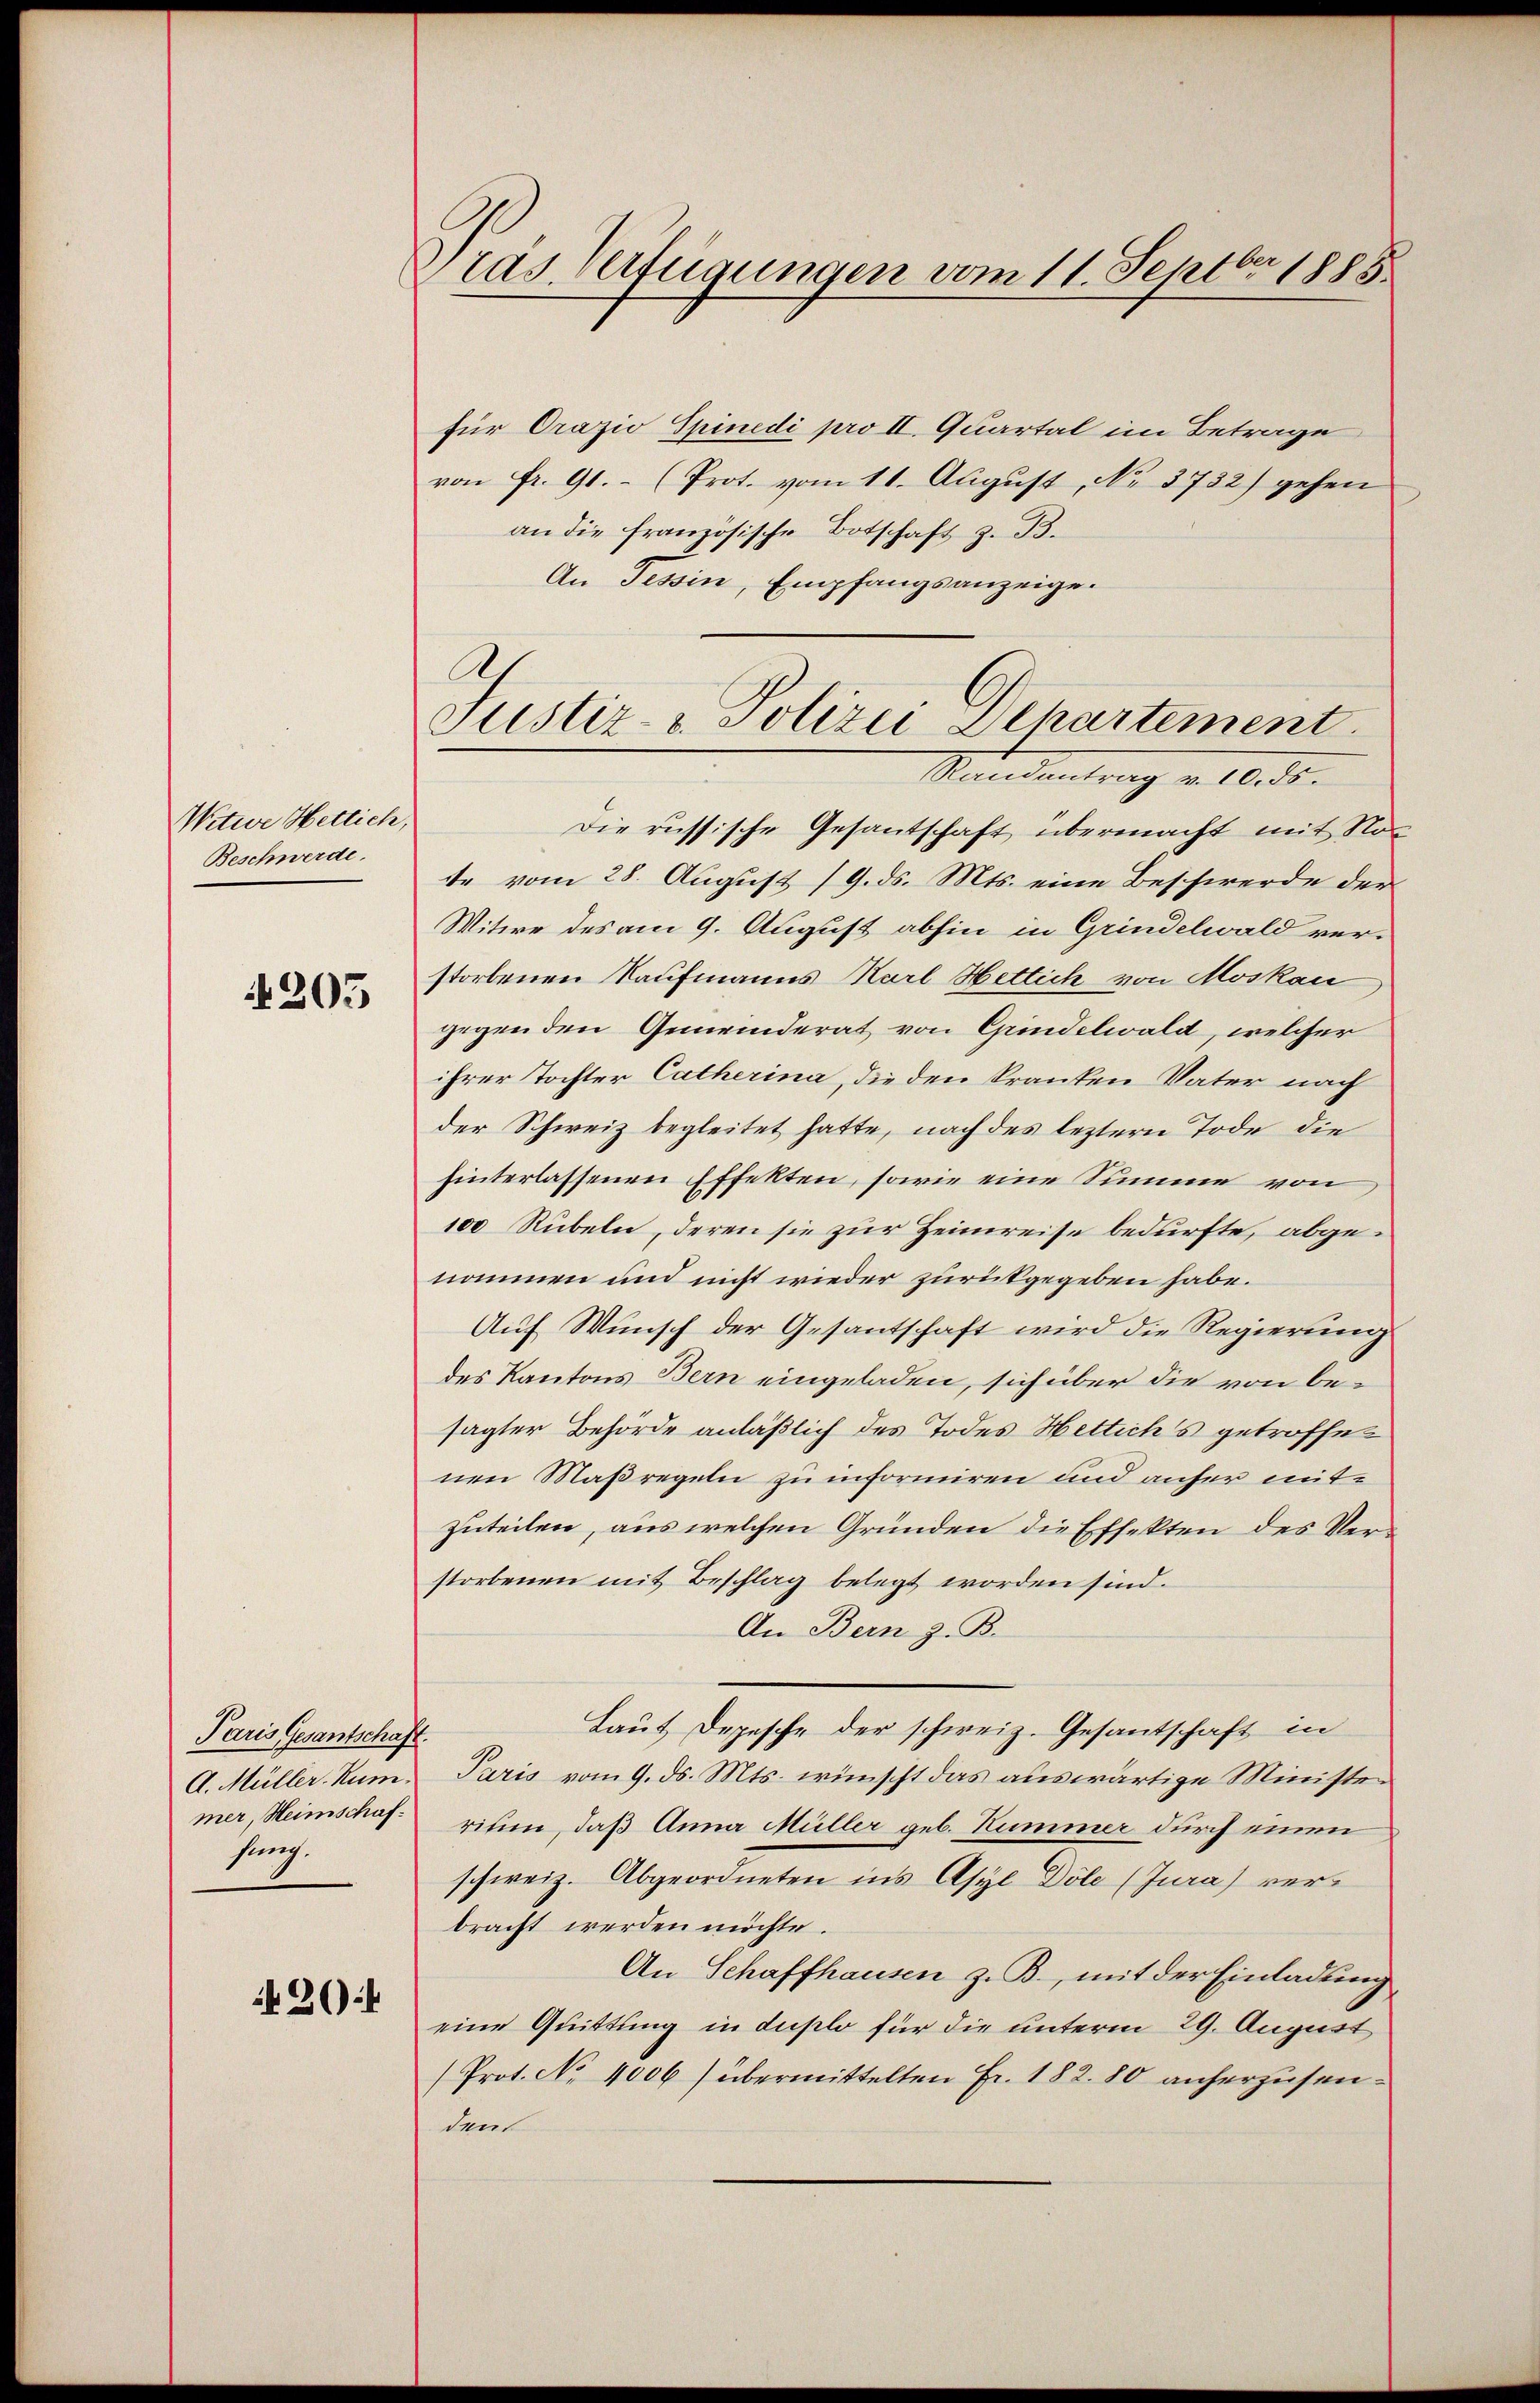
Witwe Hettich,
Beschwerde.

205

Paris Gesantschaft.
A. Müller, Rum.
mer, Heimschaffürch.

26

Pras. Verfügungen vom 11. Septbr 1885.

für Orazio Spinedi pro II. Quartal im Betrage
von fr. 91. (Prot. vom 11. August, No. 3732) gehen
an die französische Botschaft z. B.
An Tessin, Empfangsanzeige.
Die russische Gesantschaft übermacht mit No
te vom 28. August (9. ds. Mts. eine Beschwerde der
Witwe des am 9. August abhin in Grindelwald ver-
storbenen Kaufmanns Karl Hettich von Moskau
gegen den Gemeinderat von Grindelwald, welcher
ihrer Tochter Catherina, die den Pranten Vater nach
der Schweiz begleitet hatte, nach des leztern Tode die
hinterlassenen Effekten, sowie eine Summe von
100 Rübeln, deren sie zur Heimreise bedürfte, abgenommen und nicht wieder zurückgegeben habe.
Auf Wunsch der Gesantschaft wird die Regierung
des Kantons Bern eingeladen, sich über die von besagter Behörde anläßlich des Todes Hettich’s getroffenen Maßregeln zu informiren und anher mitzuteilen, aus welchen Gründen die Effekten des Verstorbenen mit Beschlag belegt worden sind.
An Bern z. B.
Laut Depesche der schweiz. Gesantschaft in
Paris vom 9. ds. Mts. wünscht das auswärtige Ministen
ritum, daß Anna Müller geb. Hummer durch einen
schweiz. Abgeordneten ins Asyl Döle (Jura) verbracht werden möchte.
An Schaffhausen z. B., mit der Einladung,
eine Quittung in duplo für die unterm 29. August
(Prot. No. 4006) übermittelten Fr. 182. 80 anherzusenden

Ah
Justiz- u. Polizei Departement
Standentrag v. 10. ds.